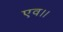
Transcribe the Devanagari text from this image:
एव।।